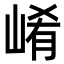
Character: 崤